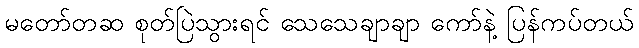
မတော်တဆ စုတ်ပြဲသွားရင် သေသေချာချာ ကော်နဲ့ ပြန်ကပ်တယ်